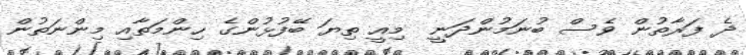
ދެ ފަރާތުން ވެސް ބުނަމުންދަނީ  މިއީ ތިޔަ ބޭފުޅުންގެ ހިންމަތާއި މިންނަތުން